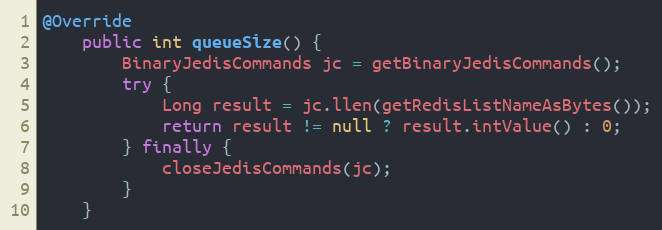
Language: Java
@Override
    public int queueSize() {
        BinaryJedisCommands jc = getBinaryJedisCommands();
        try {
            Long result = jc.llen(getRedisListNameAsBytes());
            return result != null ? result.intValue() : 0;
        } finally {
            closeJedisCommands(jc);
        }
    }